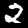
Label: 2